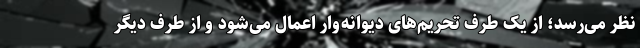
نظر می‌رسد؛ از یک طرف تحریم‌های دیوانه‌وار اعمال می‌شود و از طرف دیگر